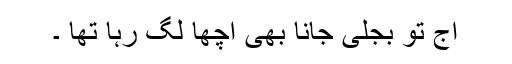
آج تو بجلی جانا بھی اچھا لگ رہا تھا ۔